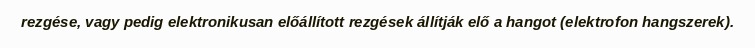
rezgése, vagy pedig elektronikusan előállított rezgések állítják elő a hangot (elektrofon hangszerek).